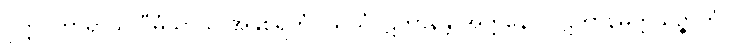
ဝုတ္တပ္ပကာရာယ ဝီမံသာယ အနုစရိတံ။ သယံပဋိဘာနန္တိ အတ္တနော ပဋိဘာနမတ္တသဉ္ဇာတံ။